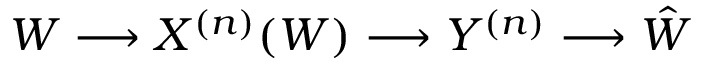
W \longrightarrow X ^ { ( n ) } ( W ) \longrightarrow Y ^ { ( n ) } \longrightarrow { \hat { W } }